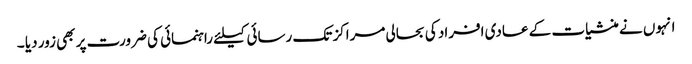
انہوں نے منشیات کے عادی افراد کی بحالی مراکز تک رسائی کیلئے راہنمائی کی ضرورت پر بھی زور دیا ۔